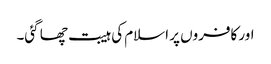
اور کافروں پر اسلام کی ہیبت چھا گئی۔